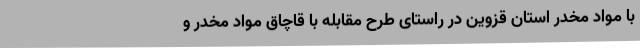
با مواد مخدر استان قزوین در راستای طرح مقابله با قاچاق مواد مخدر و